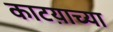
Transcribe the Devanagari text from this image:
काटय़ाच्या